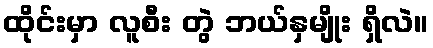
ထိုင်းမှာ လူစီး တွဲ ဘယ်နှမျိုး ရှိလဲ။